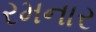
રમનાર